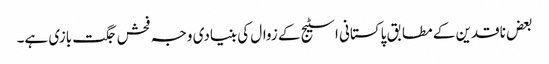
بعض ناقدین کے مطابق پاکستانی اسٹیج کے زوال کی بنیادی وجہ فحش جگت بازی ہے۔